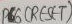
Text: PB6 (RESET)